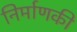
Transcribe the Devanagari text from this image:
निर्माणकी